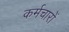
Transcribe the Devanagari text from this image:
कर्मचारों